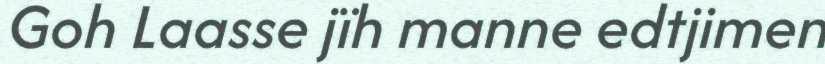
Goh Laasse jïh manne edtjimen